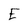
Character: E